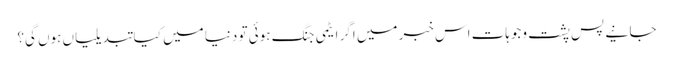
جانیے پس پشت وجوہات اس خبر میں اگر ایٹمی جنگ ہوئی تو دنیا میں کیا تبدیلیاں ہوں گی؟